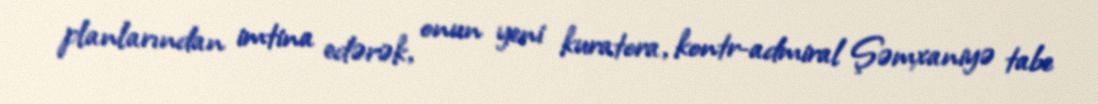
planlarından imtina edərək, onun yeni kuratora, kontr-admiral Şəmxaniyə tabe